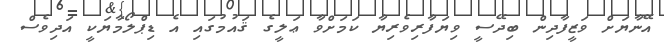
އޭނާޔަށް ވަޒީފާދިން ބިދޭސީ ވިޔަފާރިވެރިޔާ ކަމަށްވާ ޢަލީގެ ޤައުމުގައި އެ ޑިޕްލޯމާޔަކީ އަަދިވެސް